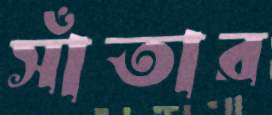
সাঁতার